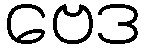
ဗေဒ